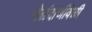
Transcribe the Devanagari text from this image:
गोलंदाजीवेळी